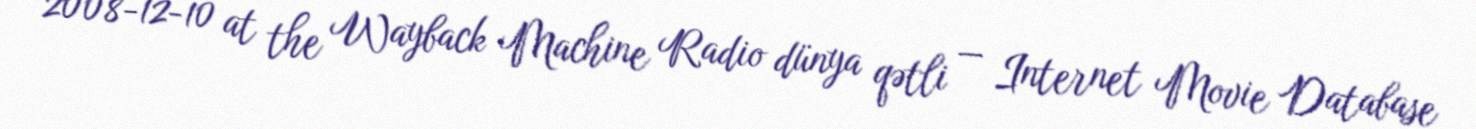
2008-12-10 at the Wayback Machine Radio dünya qətli — Internet Movie Database